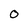
Character: 0